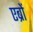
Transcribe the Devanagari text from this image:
एब्रों